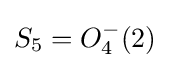
S_{5}=O_{4}^{-}(2)